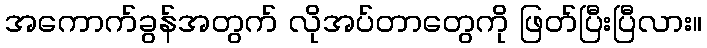
အကောက်ခွန်အတွက် လိုအပ်တာတွေကို ဖြတ်ပြီးပြီလား။